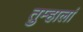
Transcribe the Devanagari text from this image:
तुम्हालां